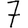
Digit: 7